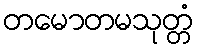
တမောတမသုတ္တံ